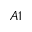
A 1